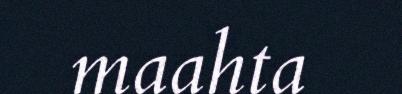
maahta